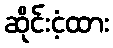
ဆိုင်းငံ့ထား